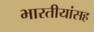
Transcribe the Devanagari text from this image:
भारतीयांसह